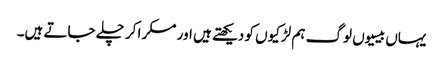
یہاں بیسیوں لوگ ہم لڑکیوں کو دیکھتے ہیں اور مسکرا کر چلے جاتے ہیں۔